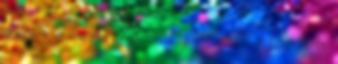
ez nem is olyan nagy baj. Meglepetésekből a képeslapos